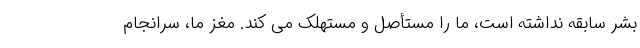
بشر سابقه نداشته است، ما را مستأصل و مستهلک می کند. مغز ما، سرانجام